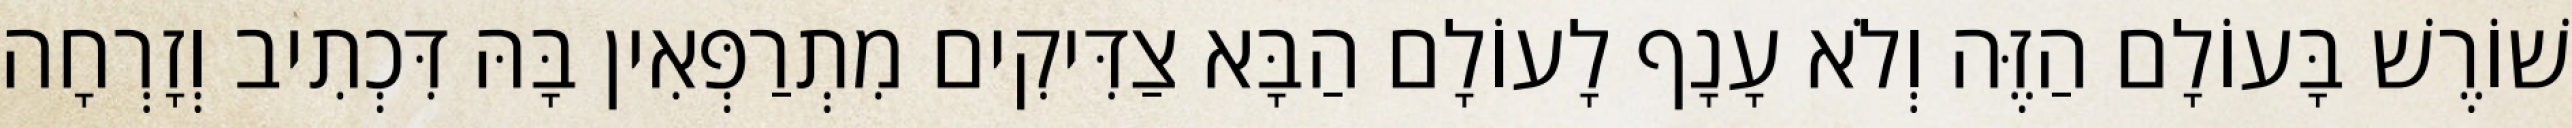
שׁוֹרֶשׁ בָּעוֹלָם הַזֶּה וְלֹא עָנָף לָעוֹלָם הַבָּא צַדִּיקִים מִתְרַפְּאִין בָּהּ דִּכְתִיב וְזָרְחָה